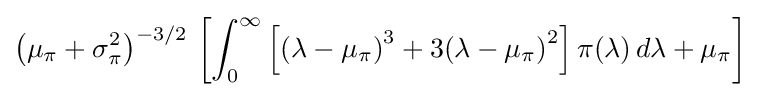
\left(\mu _{\pi }+\sigma _{\pi }^{2}\right)^{-3/2}\,\left[\int _{0}^{\infty }\left[{\left(\lambda -\mu _{\pi }\right)}^{3}+3{\left(\lambda -\mu _{\pi }\right)}^{2}\right]\pi (\lambda )\,d\lambda +\mu _{\pi }\right]